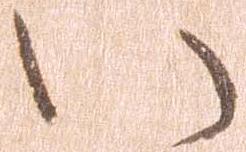
い